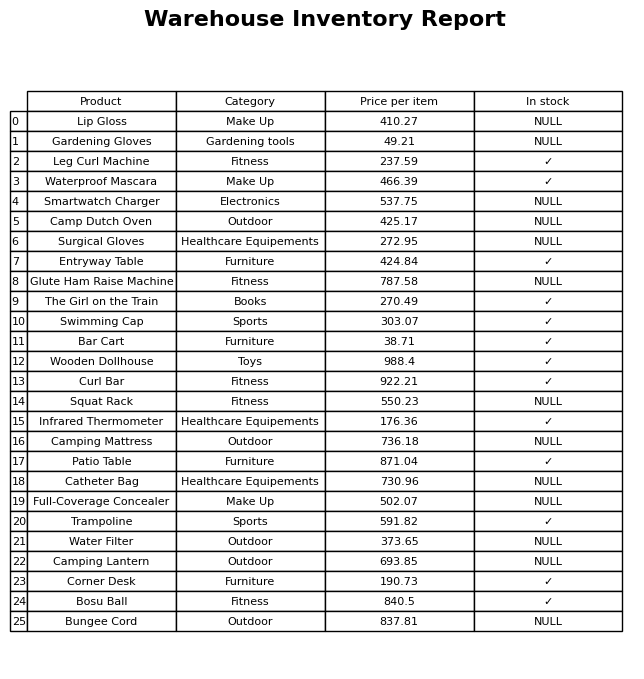
question: What category does the Swimming Cap belong to?
answer: Sports